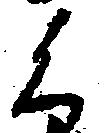
く